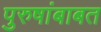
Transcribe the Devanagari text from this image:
पुरुषांबाबत